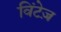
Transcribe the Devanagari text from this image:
विंटेज़